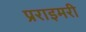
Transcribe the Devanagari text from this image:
प्रराइमरी